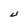
Character: U